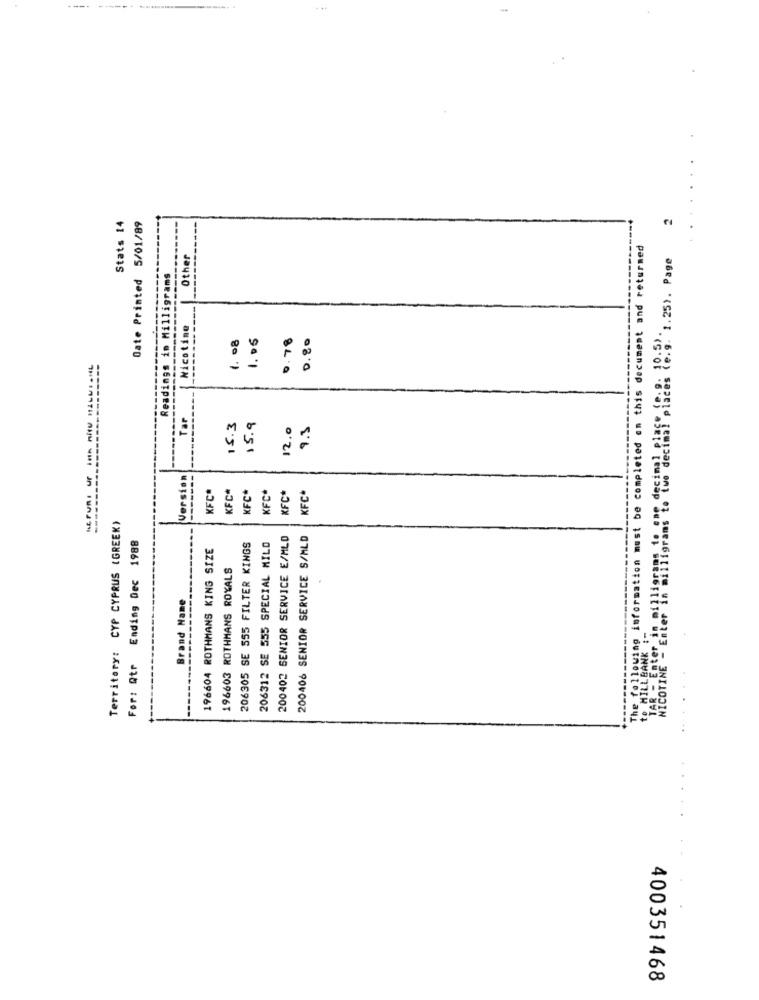
---
-
2
Stats 14
Date Printed 5/01/89
The following information must be completed en this document and returned
Other
: te:9. 1.25). Page
Readings in Milligrams
Nicotine
4. 08
1.05
0.78
0.80
Tar
15.3
15.9
12.0
9.3
Version
KFC*
KFC*
(FC
KFC*
KFC*
KFC*
Territory: CYP CYPRUS (GREEK)
206312 SE 555 SPECIAL MILO
200402 SENIOR SERVICE E/MLD
200406 SENIOR SERVICE S/MLD
Ending Dec 1988
196604 ROTHMANS KING SIZE
206305 SE 555 FILTER KINGS
196603 ROTHMANS ROYALS
Brand Name
to MILLBANK :
For: Qtr
400351468